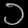
Digit: ၁